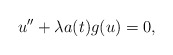
\begin{align*}u'' + \lambda a(t) g(u) = 0,\end{align*}